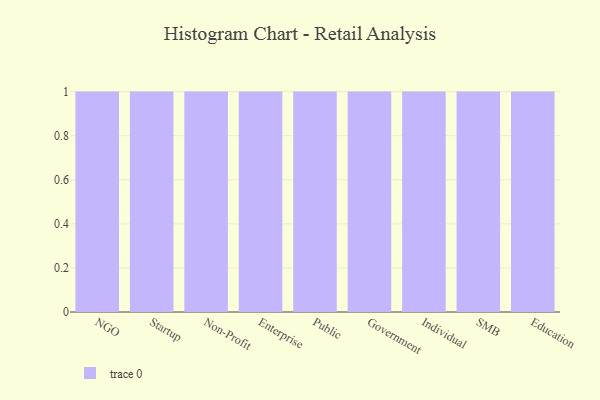
{"axis": {"x": "Segment", "y": "Net Income (USD K)"}, "legend": [""], "data": [{"x": "NGO", "y": 59, "type": ""}, {"x": "Startup", "y": 88, "type": ""}, {"x": "Non-Profit", "y": 96, "type": ""}, {"x": "Enterprise", "y": 78, "type": ""}, {"x": "Public", "y": 57, "type": ""}, {"x": "Government", "y": 68, "type": ""}, {"x": "Individual", "y": 60, "type": ""}, {"x": "SMB", "y": 80, "type": ""}, {"x": "Education", "y": 3, "type": ""}]}